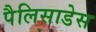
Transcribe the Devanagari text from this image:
पैलिसाडेस